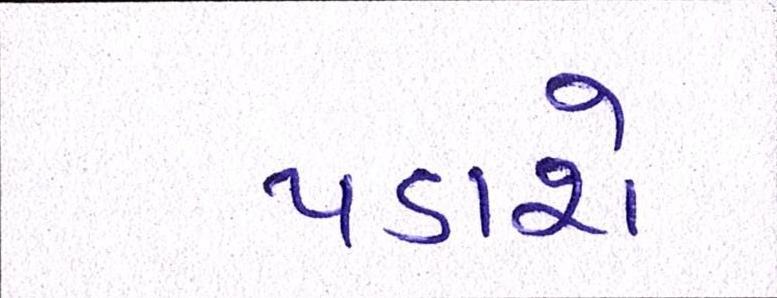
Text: પડાશે